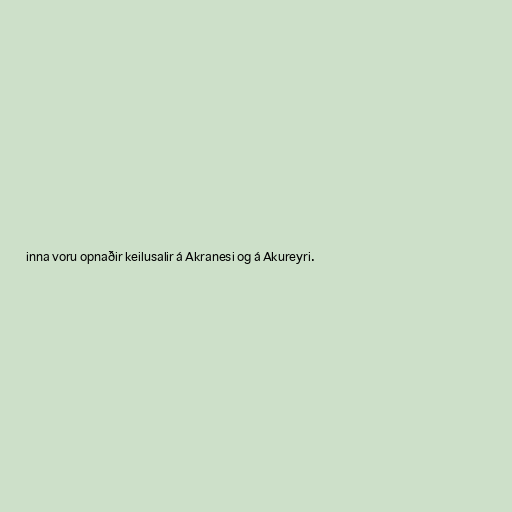
inna voru opnaðir keilusalir á Akranesi og á Akureyri.